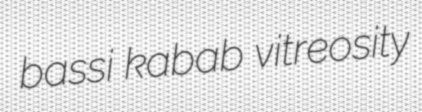
bassi kabab vitreosity